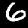
Label: 6